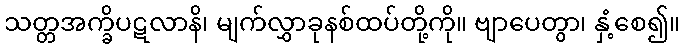
သတ္တအက္ခိပဋလာနိ၊ မျက်လွှာခုနစ်ထပ်တို့ကို။ ဗျာပေတွာ၊ နှံ့စေ၍။